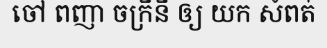
ចៅ ពញា ចក្រីនី ឲ្យ យក សំពត់